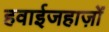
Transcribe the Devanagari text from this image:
हवाईजहाज़ों